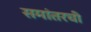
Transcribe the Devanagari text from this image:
समांतरची